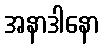
အနာဒါနော